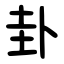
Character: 卦